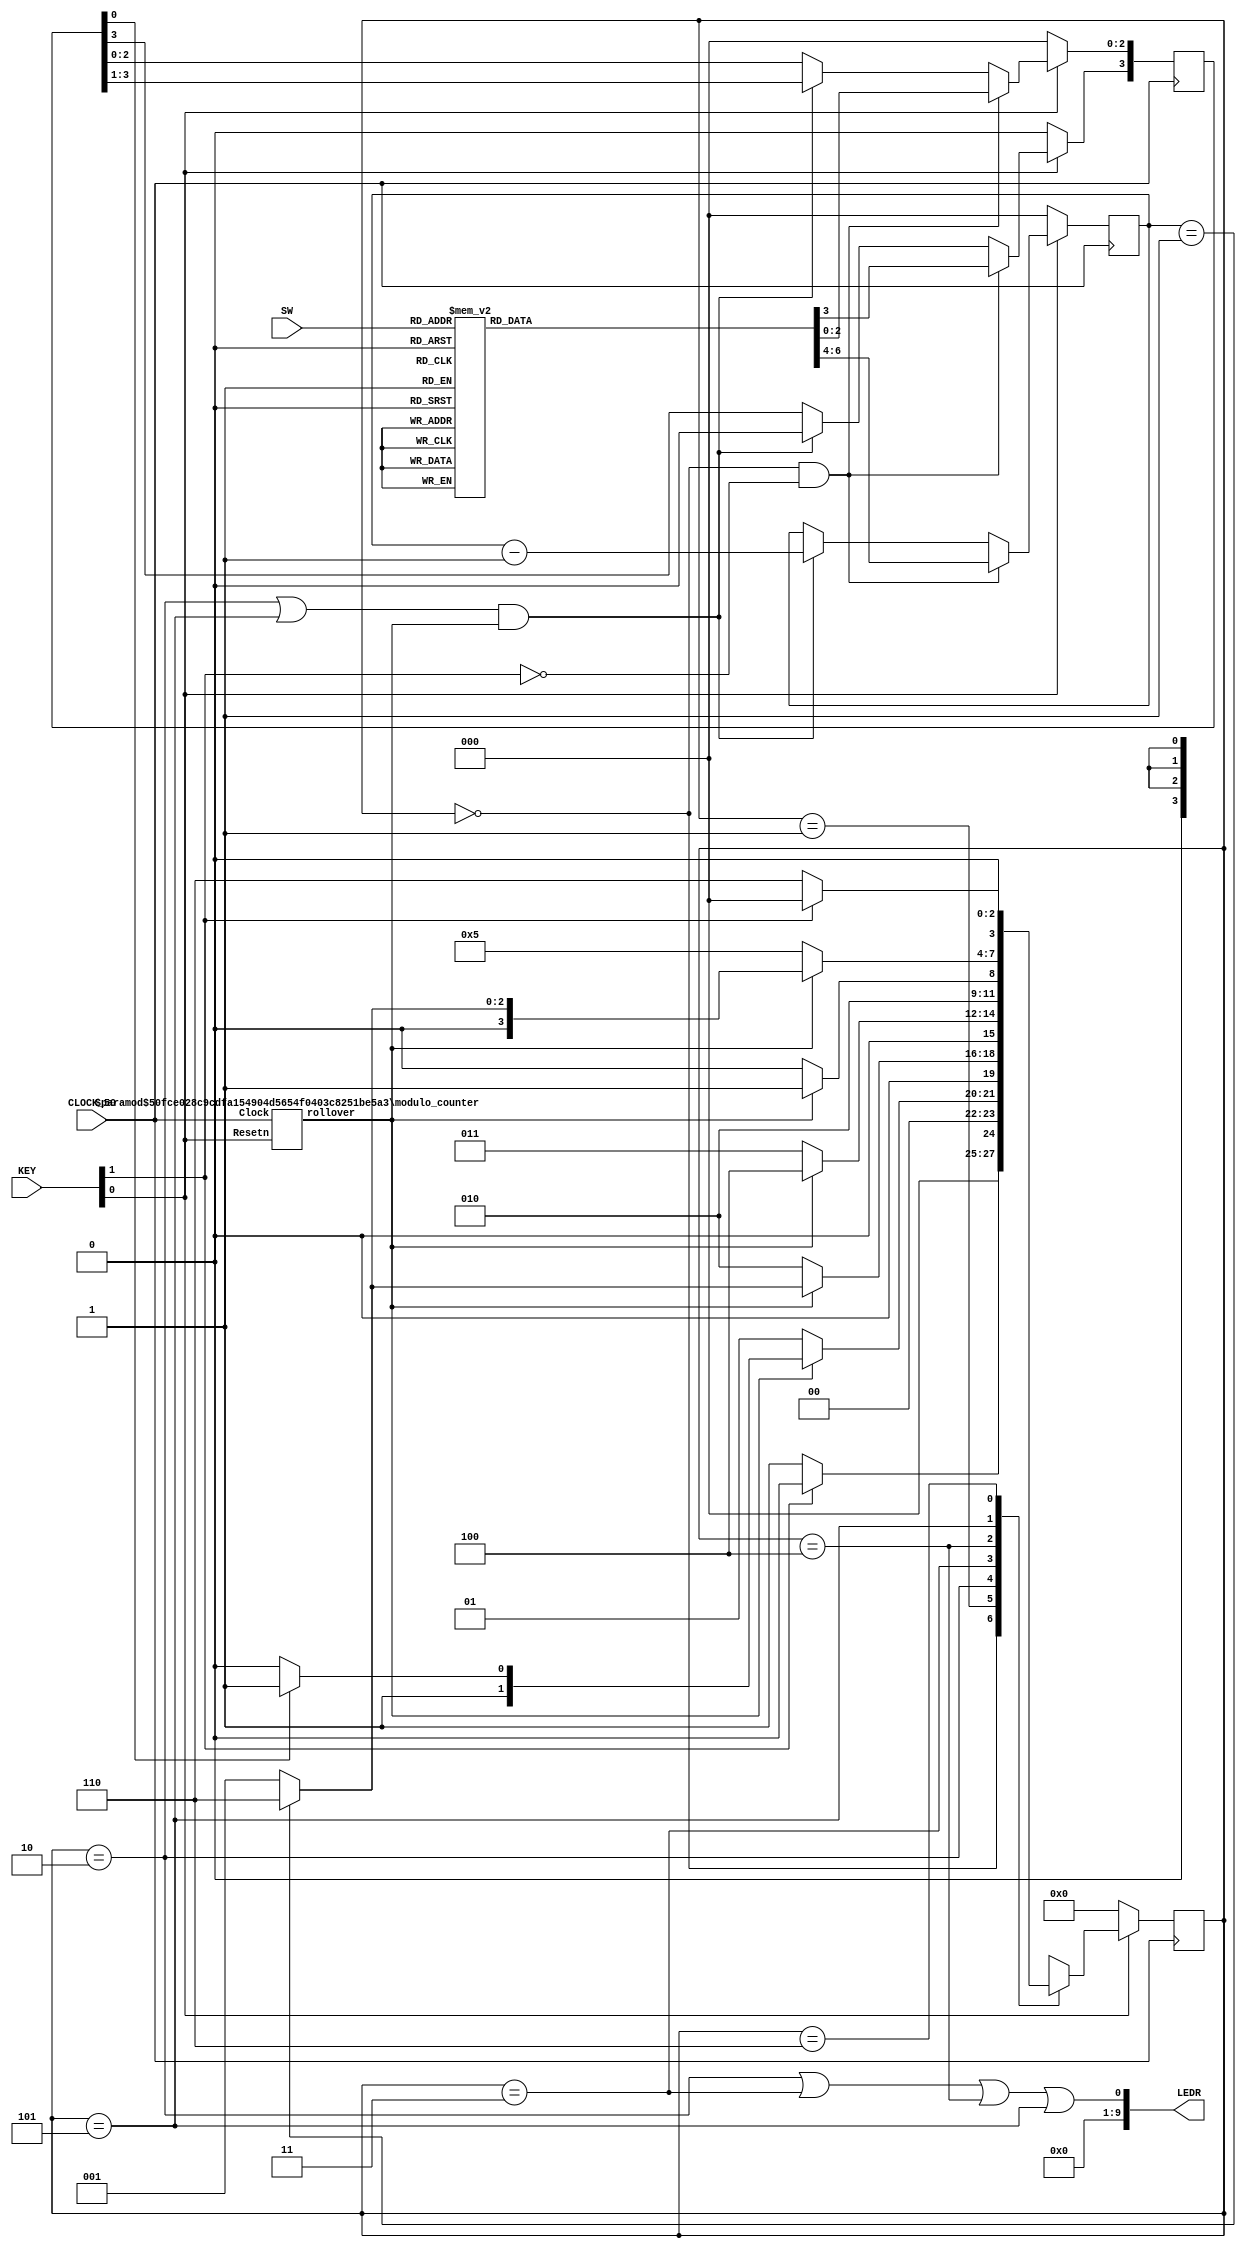
// This is a Morse code encoder circuit. It displays the Morse code for
// letters A to H on LEDR[0]. The letter to be displayed is selected using 
// SW[3..0], using A = 000, B = 001, ..., H = 111.
module part3 (SW, CLOCK_50, KEY, LEDR);
	/******************************************************************/
	/****      PARAMETER DECLARATIONS                              ****/
	/******************************************************************/
	// SW switch patterns, Morse codes, and code lengths are defined below (in the Morse
	// code, 0 = dot, 1 = dash)
	parameter A_SW = 3'b000, A_MORSE = 4'b0010, A_LENGTH = 3'd2; /* .-   */
	parameter B_SW = 3'b001, B_MORSE = 4'b0001, B_LENGTH = 3'd4; /* -... */
	parameter C_SW = 3'b010, C_MORSE = 4'b0101, C_LENGTH = 3'd4; /* -.-. */
	parameter D_SW = 3'b011, D_MORSE = 4'b0001, D_LENGTH = 3'd3; /* -..  */
	parameter E_SW = 3'b100, E_MORSE = 4'b0000, E_LENGTH = 3'd1; /* .    */
	parameter F_SW = 3'b101, F_MORSE = 4'b0100, F_LENGTH = 3'd4; /* ..-. */
	parameter G_SW = 3'b110, G_MORSE = 4'b0011, G_LENGTH = 3'd3; /* --.  */
	parameter H_SW = 3'b111, H_MORSE = 4'b0000, H_LENGTH = 3'd4; /* .... */
	
	parameter	s_WAIT_SEND = 3'b000, s_WAIT_BLANK = 3'b001, s_SEND_DOT = 3'b010, 
			  		s_SEND_DASH_1 = 3'b011, s_SEND_DASH_2 = 3'b100, s_SEND_DASH_3 = 3'b101,
					s_RELEASE_SEND = 3'b110;
				
	/******************************************************************/
	/****      PORT DECLARATIONS                                   ****/
	/******************************************************************/	
	input [2:0] SW;
	input [1:0] KEY;
	input CLOCK_50;
	output [9:0] LEDR;

	/******************************************************************/
	/****      LOCAL WIRE DECLARATIONS                             ****/
	/******************************************************************/
	wire Clock, Resetn, go, half_sec_enable, load_regs, shift_and_count, light_on;
	reg [3:0] morse_code;
	reg [2:0] morse_length;
	reg [3:0] send_data;
	reg [2:0] data_size;
	wire [1:0] pulse_cycle;
	reg [3:0] y_Q, Y_D;

	/******************************************************************/
	/****      IMPLEMENTATION                                      ****/
	/******************************************************************/	
	assign Clock = CLOCK_50;
	assign Resetn = KEY[0];
	assign go = ~KEY[1];

	// FSM State Table
	always @(go, y_Q, send_data, data_size, half_sec_enable)
	begin: state_table
		case (y_Q)
			s_WAIT_SEND:
				if (go) Y_D = s_WAIT_BLANK;
				else Y_D = s_WAIT_SEND;
			s_WAIT_BLANK:	// sync with the half-second pulses
				if (!half_sec_enable)
					Y_D = s_WAIT_BLANK;
				else if (send_data[0] == 1'b0)
						Y_D = s_SEND_DOT;
				else
						Y_D = s_SEND_DASH_1;
			s_SEND_DOT:		// wait here for one half-second period
				if (!half_sec_enable)
					Y_D = s_SEND_DOT;
				else if (data_size == 'd1)	// check if we are done with this letter
						Y_D = s_RELEASE_SEND;
				else
						Y_D = s_WAIT_BLANK;
			s_SEND_DASH_1:	// wait for three half-second periods
				if (!half_sec_enable)
					Y_D = s_SEND_DASH_1;
				else
					Y_D = s_SEND_DASH_2;
			s_SEND_DASH_2:	// wait for two more half-second periods
				if (!half_sec_enable)
					Y_D = s_SEND_DASH_2;
				else
					Y_D = s_SEND_DASH_3;
			s_SEND_DASH_3:	// wait for one more half-second period
				if (!half_sec_enable)
					Y_D = s_SEND_DASH_3;
				else if (data_size == 'd1) // check if we are done with this letter
					Y_D = s_RELEASE_SEND;
				else
					Y_D = s_WAIT_BLANK;
			s_RELEASE_SEND:
				if (~go) Y_D = s_WAIT_SEND;
				else Y_D = s_RELEASE_SEND;
				
			default: Y_D = 3'bxxx;
		endcase
	end // state_table

	// FSM State flip-flops
	always @(posedge Clock)
		if (Resetn  == 1'b0)	// synchronous clear
			y_Q <= s_WAIT_SEND;
		else
			y_Q <= Y_D;
	
	// FSM outputs
	// turn on the Morse code light in the states below
	assign light_on = ( (y_Q == s_SEND_DOT) | (y_Q == s_SEND_DASH_1) |
		(y_Q == s_SEND_DASH_2) | (y_Q == s_SEND_DASH_3) );
	// specify when to load the Morse code into the shift register, and length into the counter
	assign load_regs = (y_Q == s_WAIT_SEND) & go;
	// specify when to shift the Morse code bits and decrement the length counter
	assign shift_and_count = ((y_Q == s_SEND_DOT) | (y_Q == s_SEND_DASH_3)) & half_sec_enable;
	
	/* Create an enable signal that is asserted once every 0.5 of a second. */
	modulo_counter half_sec( .Clock(CLOCK_50), .Resetn(Resetn), .rollover(half_sec_enable) );
		defparam half_sec.n = 25;
		defparam half_sec.k = 25000000;
	
	/* Letter selection */
	always @(*)
	case (SW)
		A_SW:	begin morse_code = A_MORSE; morse_length = A_LENGTH; end
		B_SW:	begin morse_code = B_MORSE; morse_length = B_LENGTH; end
		C_SW:	begin morse_code = C_MORSE; morse_length = C_LENGTH; end
		D_SW:	begin morse_code = D_MORSE; morse_length = D_LENGTH; end
		E_SW:	begin morse_code = E_MORSE; morse_length = E_LENGTH; end
		F_SW:	begin morse_code = F_MORSE; morse_length = F_LENGTH; end
		G_SW:	begin morse_code = G_MORSE; morse_length = G_LENGTH; end
		H_SW:	begin morse_code = H_MORSE; morse_length = H_LENGTH; end
	endcase
	
	/* Store the Morse code to be sent in a shift register, and its length in a counter */
	always@(posedge CLOCK_50)
	begin
		if (~Resetn)
		begin
			send_data <= 'd0;
			data_size <= 'd0;
		end
		else
			if (load_regs)
			begin
				send_data <= morse_code;
				data_size <= morse_length;
			end
			else if (shift_and_count) // shift and decrement when appropriate
			begin
				send_data[2:0] <= send_data[3:1];
				send_data[3] <= 1'b0;
				data_size <= data_size - 1'b1;
			end
	end							

	assign LEDR[0] = light_on;
	assign LEDR[9:1] = 9'b0;
endmodule

module modulo_counter(Clock, Resetn, rollover);
	/******************************************************************/
	/****      PARAMETER DECLARATIONS                              ****/
	/******************************************************************/
	parameter 		n = 4;
	parameter 		k = 16;
	
	/******************************************************************/
	/****      PORT DECLARATIONS                                   ****/
	/******************************************************************/
	input 	Clock, Resetn;
	output	rollover;
	reg	 	[n-1:0]	Q;

	/******************************************************************/
	/****      IMPLEMENTATION                                      ****/
	/******************************************************************/
	always@(posedge Clock)
	begin
		if (!Resetn)
			Q <= 'd0;
		else if (Q == k-1)
			Q <= 'd0;
		else
			Q <= Q + 1'b1;
	end

	assign rollover = (Q == k-1);
endmodule